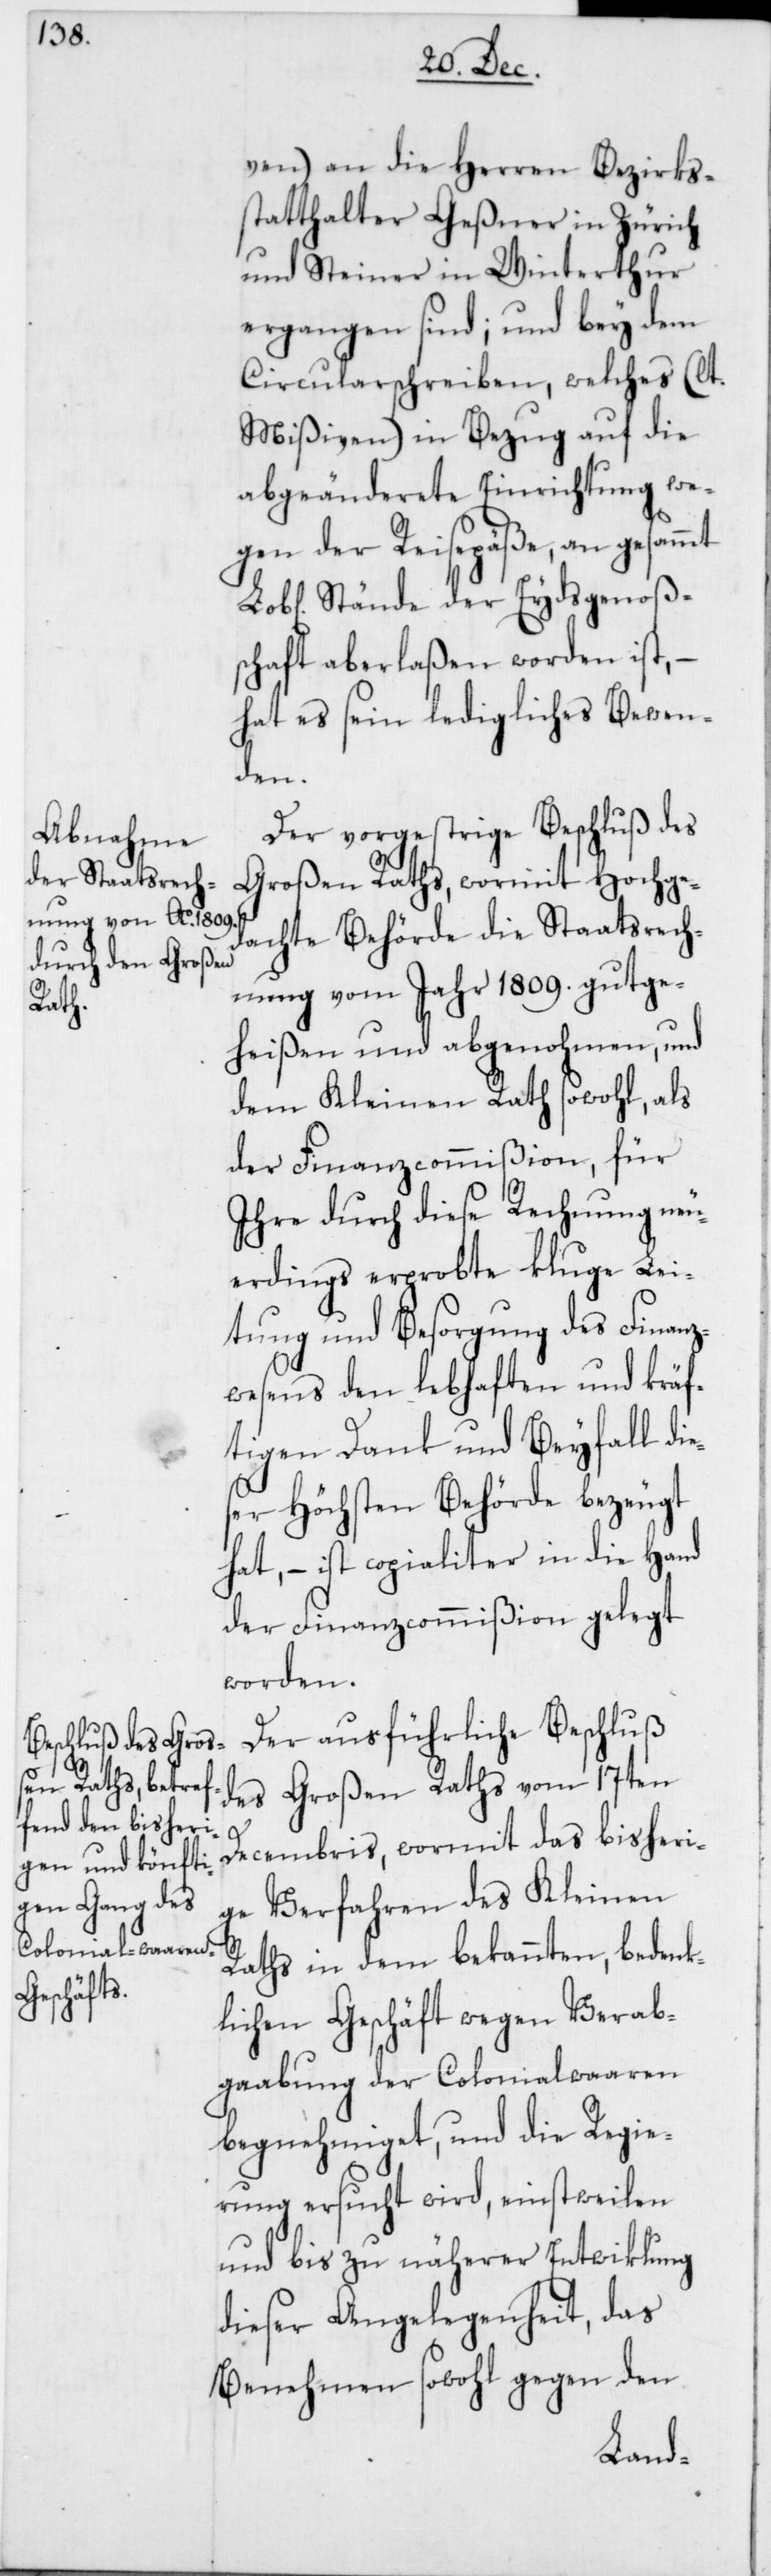
ven) an die Herren Bezirks¬
statthalter Geßner in Zürich
und Steiner in Winterthur
ergangen sind; und bey dem
Circularschreiben, welches (lt.
Mißiven) in Bezug auf die
abgeänderete Einrichtung we¬
gen der Reisepäße, an gesammt
Stände der Eydsgenoßs¬
chaft aberlaßen worden ist, –
hat es sein ledigliches Bewen¬
den.
Der vorgestrige Beschluß des
Großen Raths, wormit hochge¬
dachte Behörde die Staatsrech¬
nung vom Jahr 1809. gutge¬
heißen und abgenohmen, und
dem Kleinen Rath sowohl, als
der Finanzcommißion, für
Ihre durch diese Rechnung neu¬
erdings erprobte kluge Lei¬
tung und Besorgung des Finanz¬
wesens den lebhaften und kräf¬
tigen Dank und Beyfall die¬
ser höchsten Behörde bezeugt
hat, – ist copialiter in die Hand
der Finanzcommißion gelegt
worden.
Der ausführliche Beschluß
des Großen Raths vom 17ten
Decembris, wormit das bisheri¬
ge Verfahren des Kleinen
Raths in dem bekannten, bedenk¬
lichen Geschäft wegen Verab¬
gaabung der Colonialwaaren
begnehmiget, und die Regie¬
rung ersucht wird, einstweilen
und bis zu näherer Entwicklung
dieser Angelegenheit, das
Benehmen sowohl gegen den